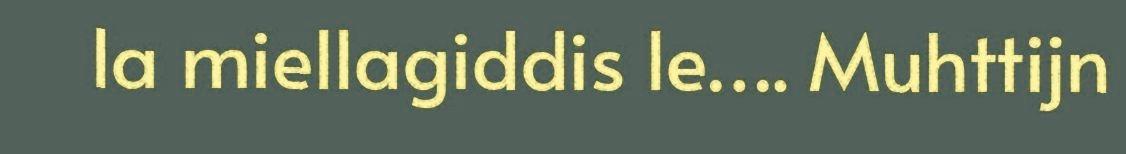
la miellagiddis le…. Muhttijn